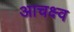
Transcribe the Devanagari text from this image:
आचक्ष्व